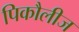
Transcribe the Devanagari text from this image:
पिकौलीज